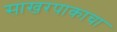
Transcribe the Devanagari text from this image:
साखरपाकाचा